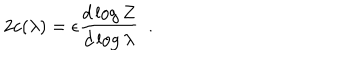
2 c ( \lambda ) = \epsilon { \frac { d \log Z } { d \log \lambda } } ~ ~ .